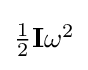
{\textstyle {\frac {1}{2}}\mathbf {I} \omega ^{2}}